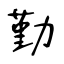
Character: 勤